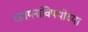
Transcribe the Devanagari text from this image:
रसायनांविषयीच्या